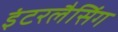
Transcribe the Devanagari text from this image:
इंटरलैसिंग